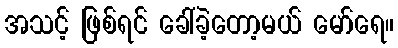
အသင့် ဖြစ်ရင် ခေါ်ခဲ့တော့မယ် မော်ရေ။